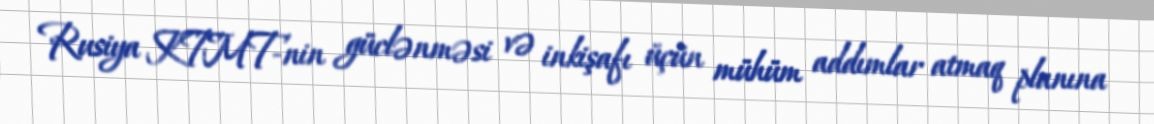
Rusiya KTMT-nin güclənməsi və inkişafı üçün mühüm addımlar atmaq planına